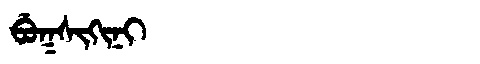
Manchu: ᠪᡠᡴᠰᡳᡴᡳᠨᡳ
Romanization: BUKSIKINI